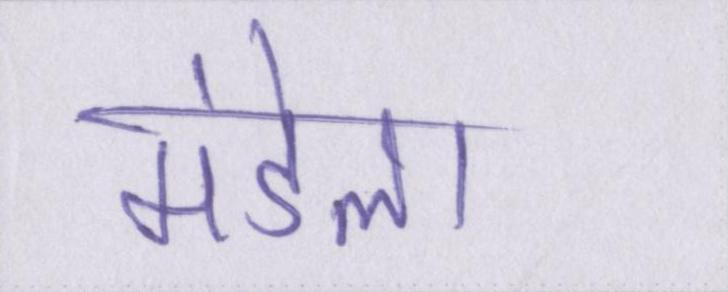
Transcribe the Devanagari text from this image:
मंडेला